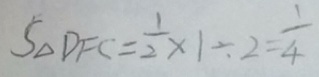
S _ { \Delta } D F C = \frac { 1 } { 2 } \times 1 \div 2 = \frac { 1 } { 4 }